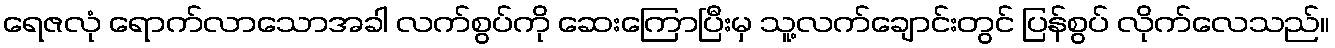
ရေဇလုံ ရောက်လာသောအခါ လက်စွပ်ကို ဆေးကြောပြီးမှ သူ့လက်ချောင်းတွင် ပြန်စွပ် လိုက်လေသည်။